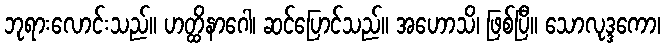
ဘုရားလောင်းသည်။ ဟတ္ထိနာဂေါ၊ ဆင်ပြောင်သည်။ အဟောသိ၊ ဖြစ်ပြီ။ သောလုဒ္ဒကော၊